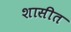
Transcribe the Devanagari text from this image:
शासीत